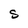
Character: S